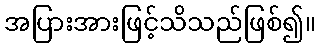
အပြားအားဖြင့်သိသည်ဖြစ်၍။